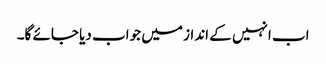
اب انہیں کے انداز میں جواب دیا جائے گا۔